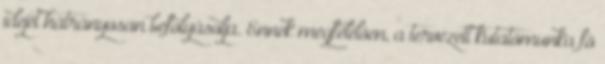
idejét hátrányosan befolyásolja. Ennek megfelelõen, a tervezett kutatómunka fõ